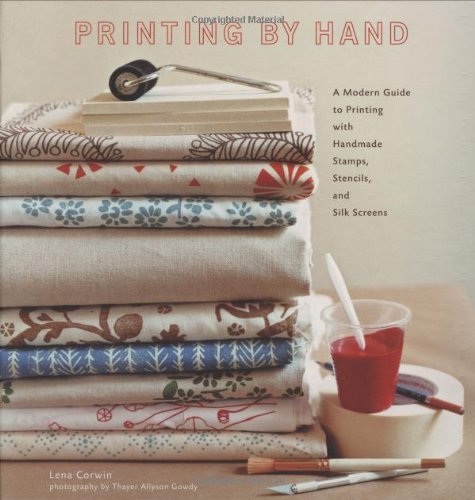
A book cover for Printing by Hand: A Modern Guide to Printing with Handmade Stamps, Stencils, and Silk Screens; Lena Corwin; Crafts, Hobbies & Home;